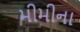
મીમીના